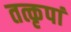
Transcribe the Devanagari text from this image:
तत्कृपां